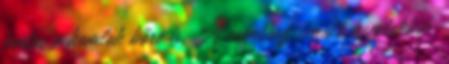
fontos a homlok bőre is. A csonthoz simuló homlokbőr,